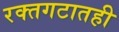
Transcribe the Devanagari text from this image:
रक्तगटातही